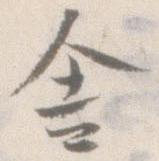
舎